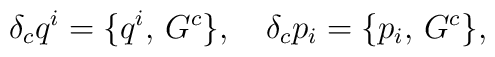
\delta_c q ^{i} = \{q^{i}, \, G^c \}, \quad \delta_c p_{i} = \{p_{i}, \, G^c \},